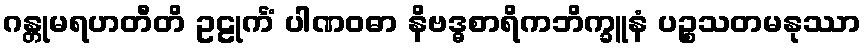
ဂန္တုမရဟတီတိ ဥဠုင်္ကံ ပါဏဝဓာ နိဗဒ္ဓစာရိကဘိက္ခူနံ ပဉ္စသတမနုဿာ